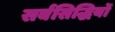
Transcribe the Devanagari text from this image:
सर्वसिद्धियों